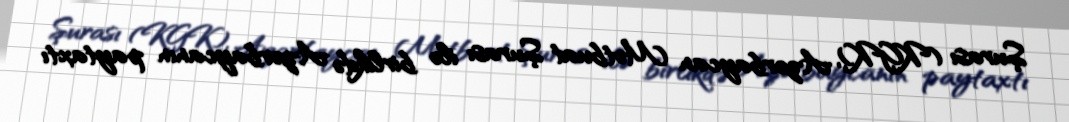
Şurası (KGK), Azərbaycan Mətbuat Şurası ilə birlikdə Azərbaycanın paytaxtı